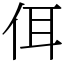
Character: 佴